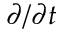
\partial / \partial t